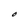
Character: O